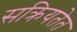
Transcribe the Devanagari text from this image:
सक्रियतेत